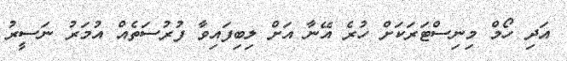
އަދި ހޯމް މިނިސްޓަރަކަށް ހުރެ އޭނާ އަށް ލިބިފައިވާ ފުރުސަތެއް އުމަރު ނަސީރު